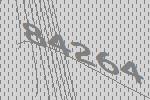
84264